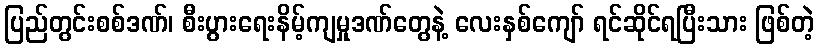
ပြည်တွင်းစစ်ဒဏ်၊ စီးပွားရေးနိမ့်ကျမှုဒဏ်တွေနဲ့ လေးနှစ်ကျော် ရင်ဆိုင်ရပြီးသား ဖြစ်တဲ့